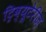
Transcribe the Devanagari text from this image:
ट्रिव्यूटेरीज़